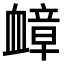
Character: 𫋬